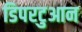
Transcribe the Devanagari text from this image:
डिपरटुआन